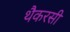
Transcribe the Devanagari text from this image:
थैकरसी